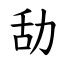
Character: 㔚